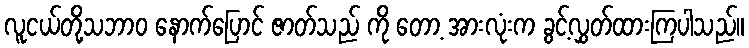
လူငယ်တို့သဘာဝ နောက်ပြောင် ဇာတ်သည် ကို တော့ အားလုံးက ခွင့်လွှတ်ထားကြပါသည်။